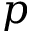
p